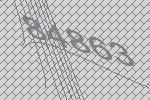
84863